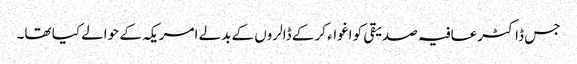
جس ڈاکٹرعافیہ صدیقی کو اغواء کر کے ڈالروں کے بدلے امریکہ کے حوالے کیا تھا۔